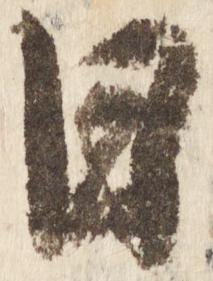
日